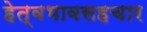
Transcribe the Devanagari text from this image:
हेत्वभावसहचार